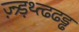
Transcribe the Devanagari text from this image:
ज़्न्र्ड़थ्त्ढढड्ढ